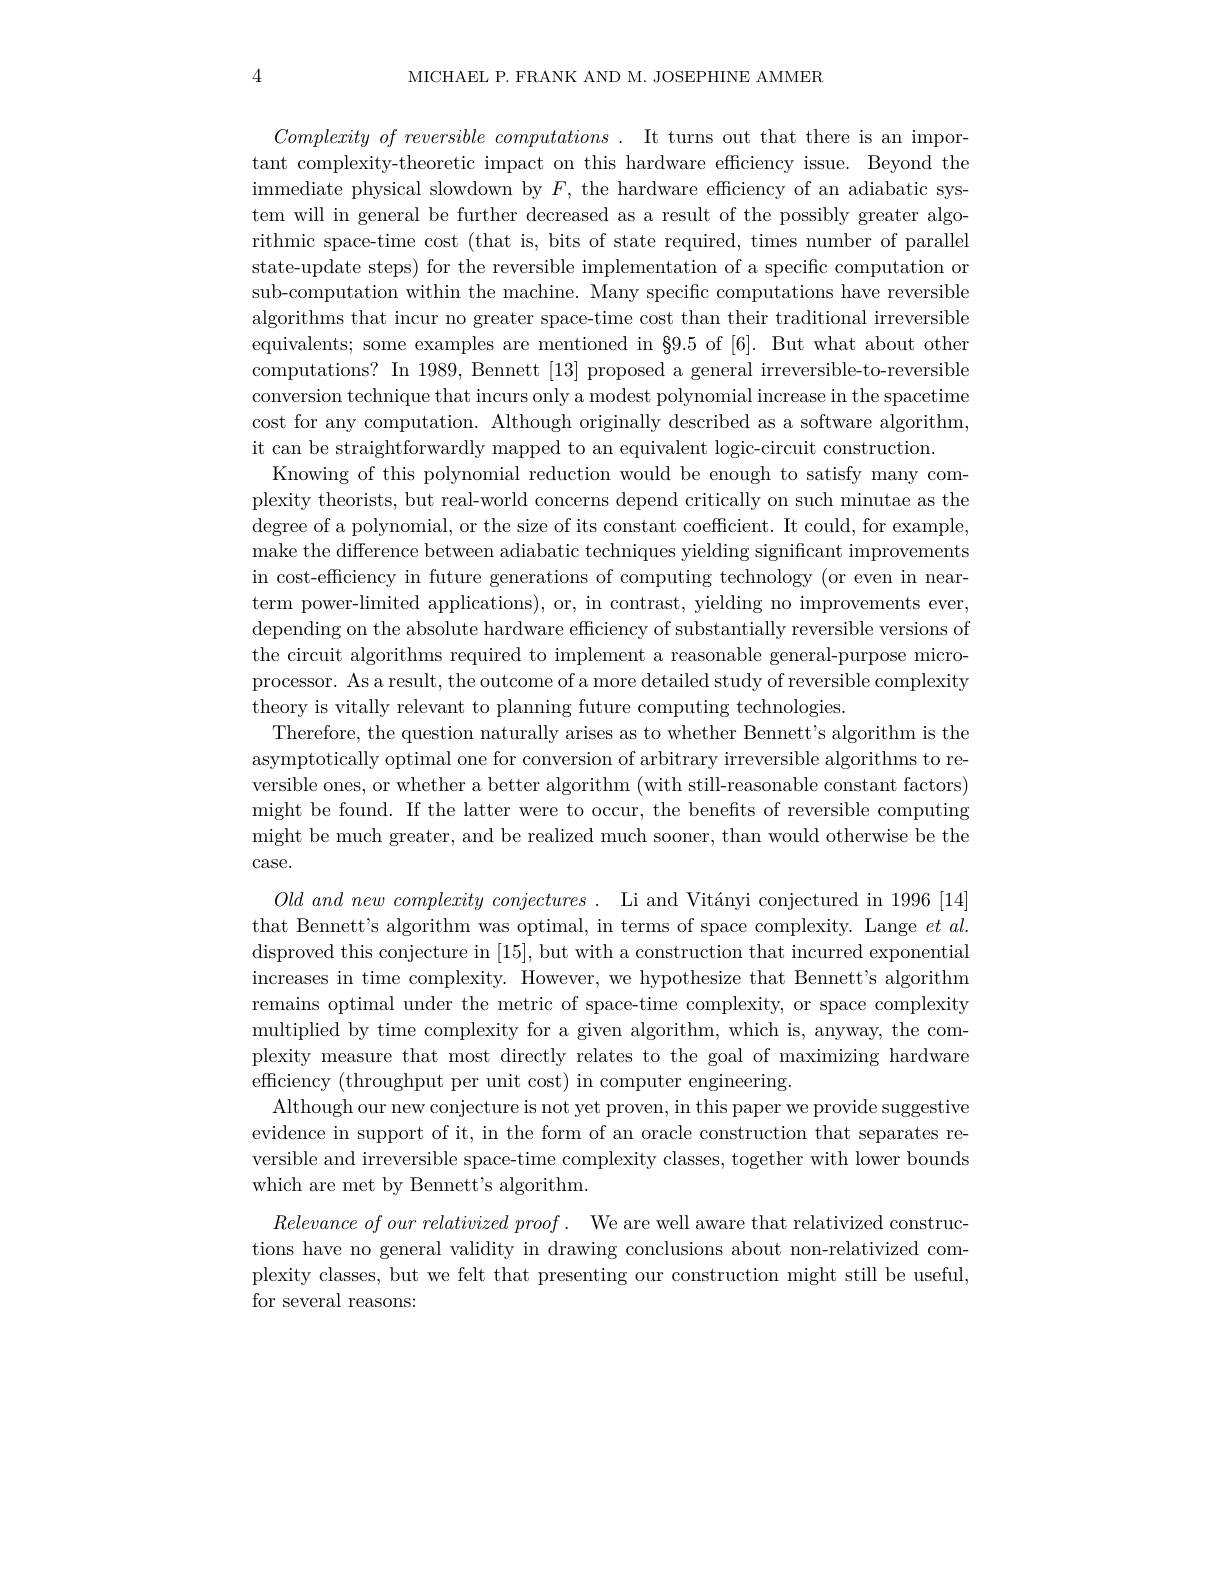
MICHAEL P. FRANK AND M. JOSEPHINE AMMER

4

$Complexity\textit{ of reversible computations . It turns out that there is an impor- }$ tant complexity-theoretic impact on this hardware effciency issue. Beyond the immediate physical slowdown by $F$, the hardware efficiency of an adiabatic system will in general be further decreased as a result of the possibly greater algorithmic space-time cost (that is, bits of state required, times number of parallel state-update steps) for the reversible implementation of a specific computation or sub-computation within the machine. Many specific computations have reversible algorithms that incur no greater space-time cost than their traditional irreversible equivalents; some examples are mentioned in $\S9.5$ of [6]. But what about other computations? In 1989, Bennett [13] proposed a general irreversible-to-reversible conversion technique that incurs only a modest polynomial increase in the spacetime cost for any computation. Although originally described as a software algorithm, it can be straightforwardly mapped to an equivalent logic-circuit construction.
Knowing of this polynomial reduction would be enough to satisfy many complexity theorists, but real-world concerns depend critically on such minutae as the degree of a polynomial, or the size of its constant coefficient. It could, for example, make the difference between adiabatic techniques yielding significant improvements in cost-efficiency in future generations of computing technology (or even in nearterm power-limited applications), or, in contrast, yielding no improvements ever, depending on the absolute hardware efficiency of substantially reversible versions of the circuit algorithms required to implement a reasonable general-purpose microprocessor. As a result, the outcome of a more detailed study of reversible complexity theory is vitally relevant to planning future computing technologies.
Therefore, the question naturally arises as to whether Bennett's algorithm is the asymptotically optimal one for conversion of arbitrary irreversible algorithms to reversible ones, or whether a better algorithm (with still-reasonable constant factors) might be found. If the latter were to occur, the benefits of reversible computing might be much greater, and be realized much sooner, than would otherwise be the $\operatorname{case.}$
$Old~and~new~complexity~conjectures~.~$Li and Vitányi conjectured in 1996[14] that Bennett's algorithm was optimal, in terms of space complexity. Lange $et\textit{al. }$ disproved this conjecture in [15], but with a construction that incurred exponential increases in time complexity. However, we hypothesize that Bennett's algorithm remains optimal under the metric of space-time complexity, or space complexity multiplied by time complexity for a given algorithm, which is, anyway, the complexity measure that most directly relates to the goal of maximizing hardware efficiency (throughput per unit cost) in computer engineering.
Although our new conjecture is not yet proven, in this paper we provide suggestive evidence in support of it, in the form of an oracle construction that separates reversible and irreversible space-time complexity classes, together with lower bounds which are met by Bennett's algorithm.
$Relevance of our relativized proof .$ We are well aware that relativized constructions have no general validity in drawing conclusions about non-relativized complexity classes, but we felt that presenting our construction might still be useful, for several reasons: